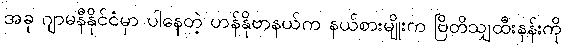
အခု ဂျာမနီနိုင်ငံမှာ ပါနေတဲ့ ဟန်နိုဗာနယ်က နယ်စားမျိုးက ဗြိတိသျှထီးနန်းကို